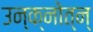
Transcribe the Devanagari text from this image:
उन्क्नोत्न्